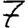
Digit: 7